Indian journal of veterinary science and animal husbandry - Volume 12,
Year: 1942
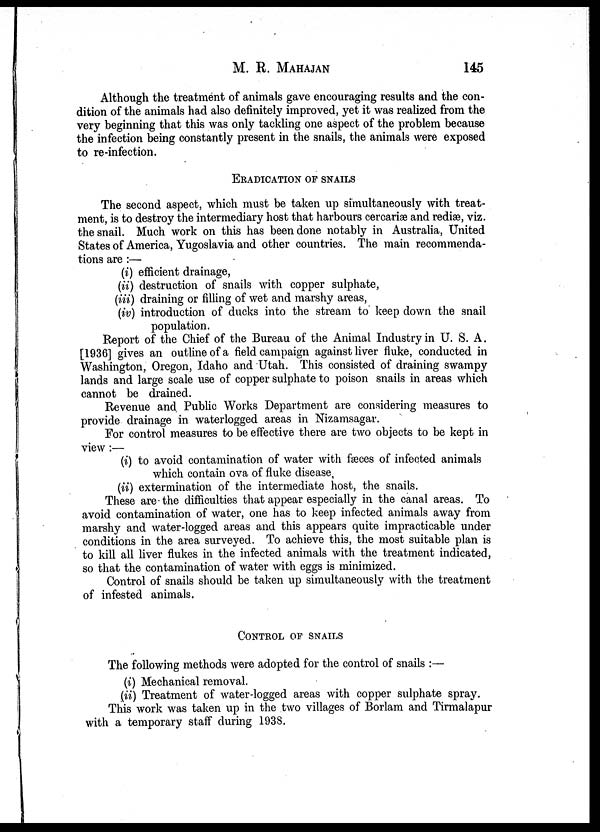
M. R. MAHAJAN 145
Although the treatment of animals gave encouraging results and the con-
dition of the animals had also definitely improved, yet it was realized from the
very beginning that this was only tackling one aspect of the problem because
the infection being constantly present in the snails, the animals were exposed
to re-infection.
ERADICATION OF SNAILS
The second aspect, which must be taken up simultaneously with treat-
ment, is to destroy the intermediary host that harbours cercariæ and rediæ, viz.
the snail. Much work on this has been done notably in Australia, United
States of America, Yugoslavia and other countries. The main recommenda-
tions are :—
(i) efficient drainage,
(ii) destruction of snails with copper sulphate,
(iii) draining or filling of wet and marshy areas,
(iv) introduction of ducks into the stream to keep down the snail
population.
Report of the Chief of the Bureau of the Animal Industry in U. S. A.
[1936] gives an outline of a field campaign against liver fluke, conducted in
Washington, Oregon, Idaho and Utah. This consisted of draining swampy
lands and large scale use of copper sulphate to poison snails in areas which
cannot be drained.
Revenue and Public Works Department are considering measures to
provide drainage in waterlogged areas in Nizamsagar.
For control measures to be effective there are two objects to be kept in
view :—
(i) to avoid contamination of water with fæces of infected animals
which contain ova of fluke disease,
(ii) extermination of the intermediate host, the snails.
These are the difficulties that appear especially in the canal areas. To
avoid contamination of water, one has to keep infected animals away from
marshy and water-logged areas and this appears quite impracticable under
conditions in the area surveyed. To achieve this, the most suitable plan is
to kill all liver flukes in the infected animals with the treatment indicated,
so that the contamination of water with eggs is minimized.
Control of snails should be taken up simultaneously with the treatment
of infested animals.
CONTROL OF SNAILS
The following methods were adopted for the control of snails :—
(i) Mechanical removal.
(ii) Treatment of water-logged areas with copper sulphate spray.
This work was taken up in the two villages of Borlam and Tirmalapur
with a temporary staff during 1938.